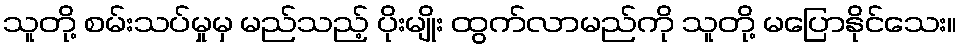
သူတို့ စမ်းသပ်မှုမှ မည်သည့် ပိုးမျိုး ထွက်လာမည်ကို သူတို့ မပြောနိုင်သေး။